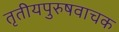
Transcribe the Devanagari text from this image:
तृतीयपुरुषवाचक